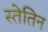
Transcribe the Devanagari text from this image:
स्तेतिन